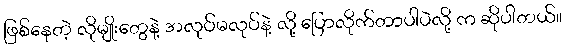
ဖြစ်နေတဲ့ လိုမျိုးတွေနဲ့ အလုပ်မလုပ်နဲ့ လို့ ပြောလိုက်တာပါပဲလို့ က ဆိုပါတယ်။